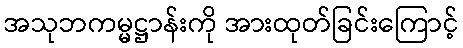
အသုဘကမ္မဋ္ဌာန်းကို အားထုတ်ခြင်းကြောင့်